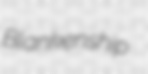
Blankenship